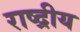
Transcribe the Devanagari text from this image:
राष्द्रीय